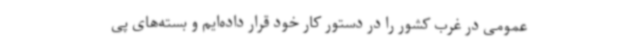
عمومی در غرب کشور را در دستور کار خود قرار داده‌ایم و بسته‌های پی